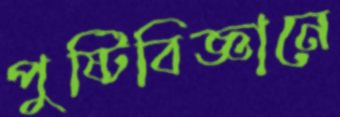
পুষ্টিবিজ্ঞানে